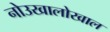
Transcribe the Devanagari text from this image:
नोउखालोखाल